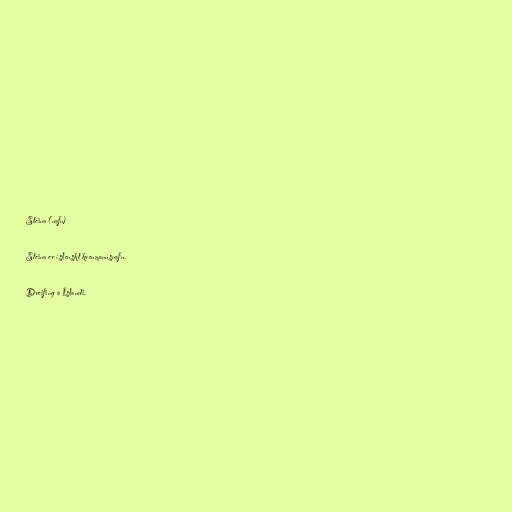
Steina (nafn)

Steina er íslenskt kvenmannsnafn.

Dreifing á Íslandi.